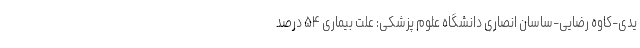
یدی-کاوه رضایی-ساسان انصاری دانشگاه علوم پزشکی: علت بیماری ۵۴ درصد